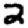
Digit: 2